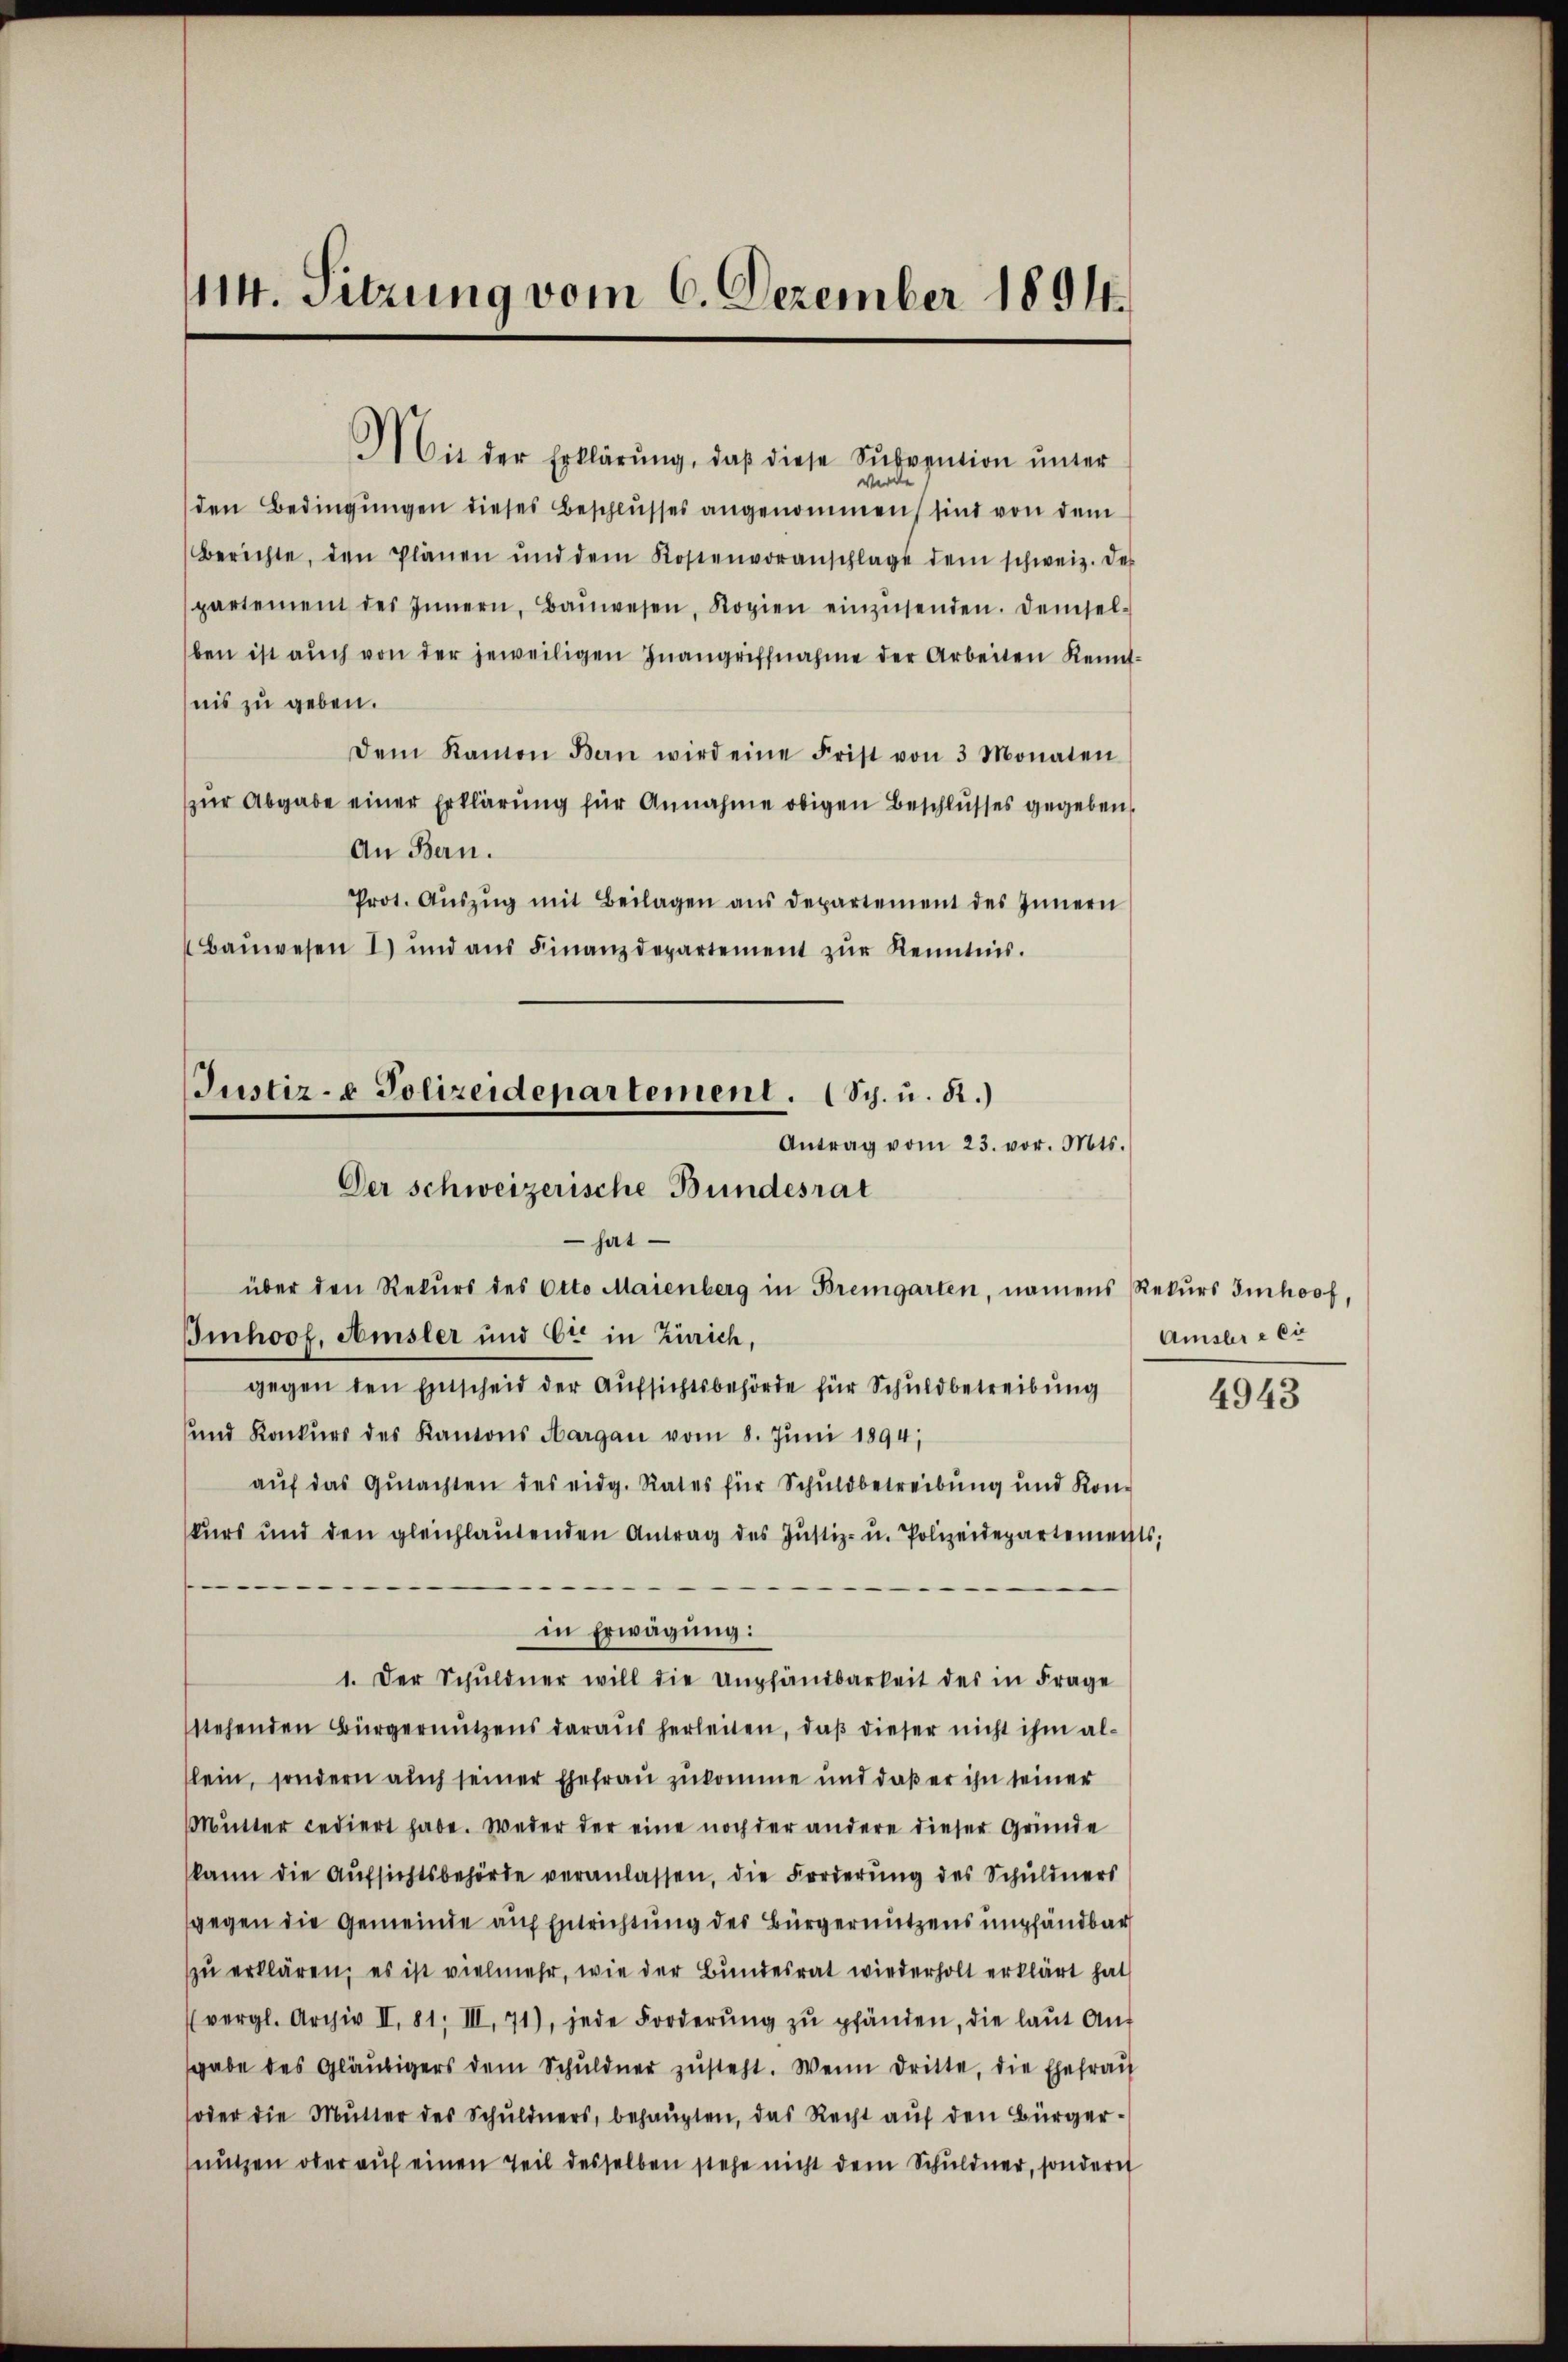
114. Sitzung vom 6. Dezember 1894.

Justiz- & Polizeidepartement. (Sch. u. 52.)
Antrag vom 23. vor. Mts.
Der schweizerische Bundesrat
 hat

Mit der Erklärŭng, daβ diese Subvention ŭnter
we
e
den Bedingungen dieses Beschlusses angenommen sind von dem
Berichte, den Plänen und dem Kostenvoranschlage dem schweiz. des
spartement des Innern, Baŭwesen, Kopien einzŭsenden. Demsel-
ben ist aŭch von der jeweiligen Inangriffnahme der Arbeiten Kenntnis zu geben.
Dem Ramon Bern wird eine Frist von 3 Monaten
zur Abgabe einer Erklärung für Annahme obigen Beschlusses gegeben
An Bern.
Prot. Aŭszŭg mit Beilagen aŭs departement des Innern
Baŭwesen 1) und aŭs Finanzdepartement zŭr Kenntnis.
über den Rekurs des Otto Maienberg in Bremgarten, namens Rekurs Imhof,
Bmhoof, Amsler und Ott in Zürich,
gegen den Entscheid der Aufsichtsbehörde für Schuldbetreibung
und Konkurs des Kantons Aargau vom 8. Juni 1894;
aŭf das Gŭtachten des eidg. Rates für Schuldbetreibŭng und Kon-
kurs und den gleichlaŭtenden Antrag des Jŭstiz- u. Polizeidepartements;
in Erwägung:
1. Der Schŭldner will die empfandbarkeit des in Frage
stehenden Bürgernutzens daraus herleiten, daß dieser nicht ihm allein, sondern auch seiner Ehefrau zukomme und daß er ihn seiner
Mutter cediert habe. Weder der eine noch der andere dieser Gründe
kann die Aŭfsichtsbehörde veranlassen, die Forderŭng des Schuldners
gegen die Gemeinde auf Entrichtung des Bürgernutzens empfandbar
zu erklären; es ist vielmehr, wie der Bundesrat wiederholt erklärt hat
(vergl. Archiv II. 81. III. 71), jede Forderŭng zŭ pfänden, die laŭt Aŭf
gabe des Gläubigers dem Schŭldner zŭsteht. Wenn dritte, die Ehefrau
oder die Mutter des Schuldners, behaupten, das Recht auf den Bürgernutzen ober auf einen Teil desselben stehe nicht dem Schuldner, sondern

Amsler e ci

4943